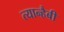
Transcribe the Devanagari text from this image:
त्यान्हैबी